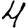
Digit: 4